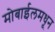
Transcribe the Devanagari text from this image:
मोबाईलमधून